Mental hospitals Bombay report 1929-33 - 1929-1933
Year: 1929
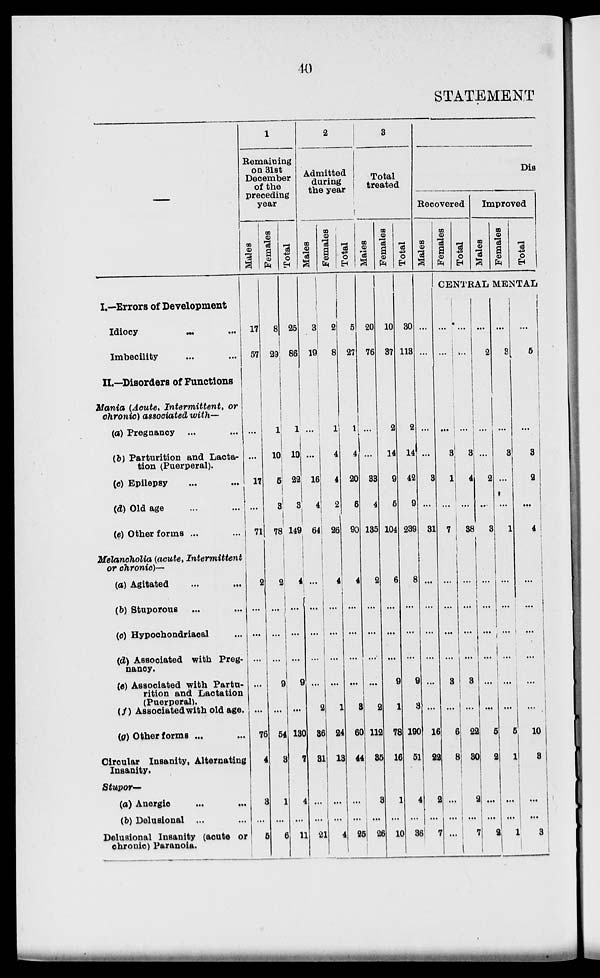
40
STATEMENT
I.—Errors of Development
Idiocy
...
...
Imbecility ... ...
II.—Disorders of Functions
Mania (Acute, Intermittent,
or
chronic) associated with—
(a) Pregnancy ... ...
(b) Parturition and Lacta-
tion (Puerperal).
(c) Epilepsy ... ...
(d) Old age ... ...
(e) Other forms ... ...
Melancholia (acute,
Intermittent
or chronic)—
(a) Agitated ... ...
(b) Stuporous ... ...
(c) Hypochondriacal ...
(d) Associated with Preg-
nancy.
(e) Associated with Partu-
rition and Lactation
(Puerperal).
(f) Associated with old age.
(a) Other forms ...
Circular Insanity, Alternating
Insanity.
Stupor—
(a) Anergic ... ...
(b) Delusional ... ...
Delusional Insanity (acute or
chronic) Paranoia.
1
Remaining
on 31st
December
of the
preceding
year
Males
17
57
...
...
17
...
71
2
...
...
...
...
...
76
4
3
...
5
Females
8
29
1
10
5
3
78
2
...
...
...
9
...
54
3
1
...
6
Total
25
86
1
10
22
3
149
4
...
...
...
9
...
130
7
4
...
11
2
Admitted
during
the year
Males
3
19
...
...
16
4
64
...
...
...
...
...
2
36
31
...
...
21
Females
2
8
1
4
4
2
26
4
...
...
...
...
1
24
13
...
...
4
Total
5
27
1
4
20
6
90
4
...
...
...
...
3
60
44
...
...
25
3
Total
treated
Males
20
76
...
...
33
4
135
2
...
...
...
...
2
112
35
3
...
26
Females
10
37
2
14
9
5
104
6
...
...
...
9
1
78
16
1
...
10
Total
30
113
2
14
42
9
239
8
...
...
...
9
3
190
51
4
...
36
Dis
Recovered
Males
...
...
...
...
3
...
31
...
...
...
...
...
...
16
22
2
...
7
Females
Total
Improved
Males
Females
Total
CENTRAL MENTAL
...
...
...
3
1
...
7
...
...
...
...
3
...
6
8
...
...
...
...
...
...
3
4
...
38
...
...
...
...
3
...
22
30
...
...
7
...
2
...
...
2
...
3
...
...
...
...
...
...
5
2
...
...
2
...
3
...
3
...
...
1
...
...
...
...
...
...
5
1
...
...
1
...
5
...
3
2
...
4
...
...
...
...
...
...
10
3
...
...
3